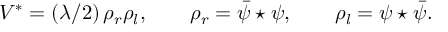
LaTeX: V ^ { * } = ( \lambda / 2 ) \, \rho _ { r } \rho _ { l } , \qquad \rho _ { r } = \bar { \psi } \star \psi , \qquad \rho _ { l } = \psi \star \bar { \psi } .